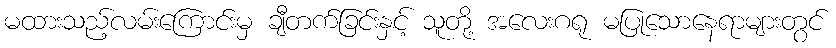
မထားသည့်လမ်းကြောင်းမှ ချီတက်ခြင်းနှင့် သူတို့ အလေးဂရု မပြုသောနေရာများတွင်